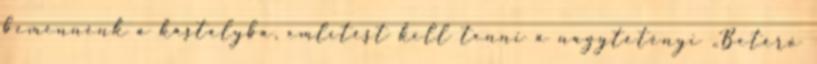
bemennénk a kastélyba, említést kell tenni a nagytétényi „Betérő